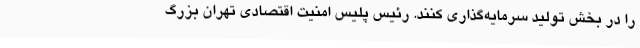
را در بخش تولید سرمایه‌گذاری کنند. رئیس پلیس امنیت اقتصادی تهران بزرگ